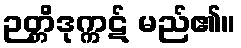
ဉတ္တိဒုက္ကဋ် မည်၏။